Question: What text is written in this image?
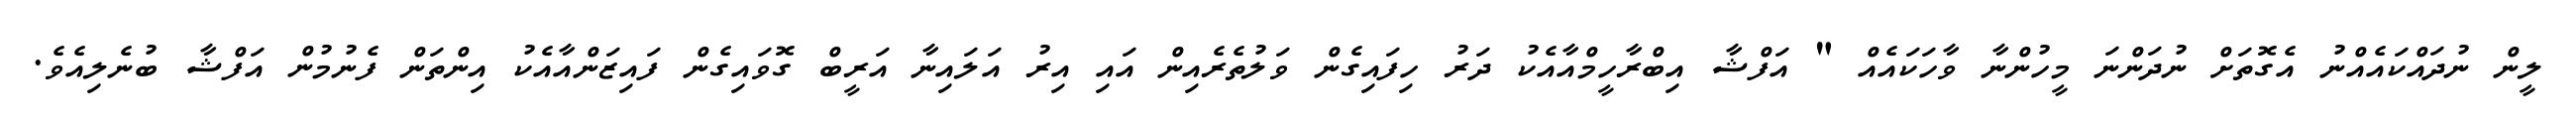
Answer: ލީން ނުދައްކައެއްނު އެގޮތަށް ނުދަންނަ މީހުންނާ ވާހަކައެއް " އަފްޝާ އިބްރާހީމްއާއެކު ދަރު ހިފައިގެން ވަލުތެރެއިން އައި އިރު އަލައިނާ އަރީބް ގޮވައިގެން ފައިޒަންއާއެކު އިންތަން ފެނުމުން އަފްޝާ ބުނެލިއެވެ.